Lunatic asylums in Bengal annual reports 1912-1924 - 1912-1924
Year: 1912
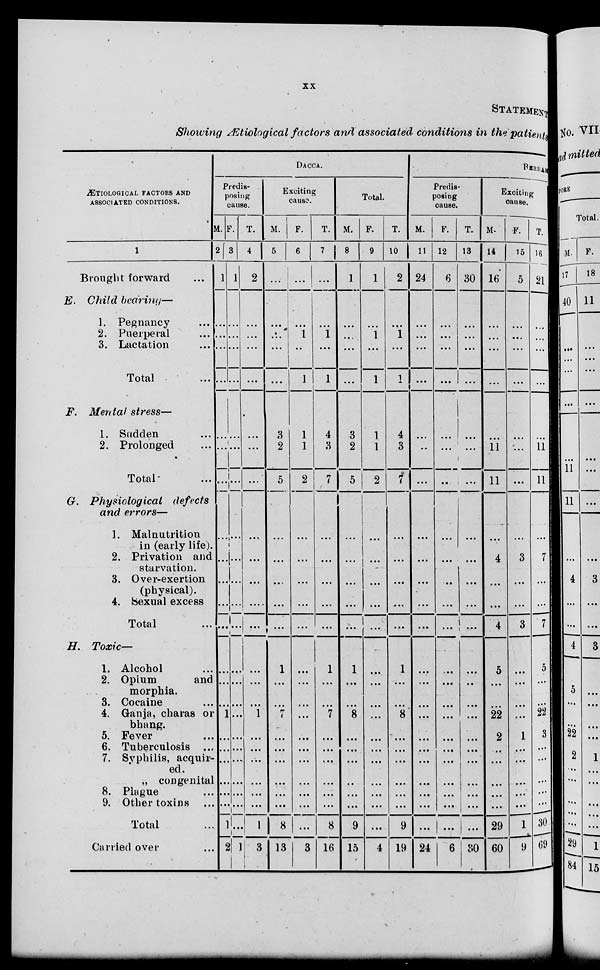
xx
STATEMENT
Showing Ætiological factors and associated conditions in the patients
ÆTIOLOGICAL FACTORS AND
ASSOCIATED CONDITIONS.
1
Brought forward
E. Child
bearing—
1. Pegnancy
...
2. Puerperal
...
3. Lactation
...
Total ...
F. Mental stress—
1. Sudden ...
2. Prolonged ...
Total ...
G. Physiological
defects
and errors—
1. Malnutrition
in (early life).
2. Privation and
starvation.
3. Over-exertion
(physical).
4. Sexual excess
Total ...
H.
Toxic—
1. Alcohol ...
2. Opium
and
morphia.
3. Cocaine ...
4. Ganja, charas or
bhang.
5. Fever ...
6. Tuberculosis ...
7. Syphilis, acquir-
ed.
„ congenital
8. Plague ...
9. Other toxins ...
Total ...
Carried over ...
DACCA.
Predis-
posing
cause.
M.
2
1
...
...
...
...
...
...
...
...
...
...
...
...
...
...
...
1
...
...
...
...
...
...
1
2
F.
3
1
...
...
...
...
...
...
...
...
...
...
...
...
...
...
...
...
...
...
...
...
...
...
...
1
T.
4
2
...
...
...
...
...
...
...
...
...
...
...
...
...
...
...
1
...
...
...
...
...
...
1
3
Exciting
cause.
M.
5
...
...
...
...
...
3
2
5
...
...
...
...
...
1
...
...
7
...
...
...
...
...
...
8
13
F.
6
...
...
1
...
1
1
1
2
...
...
...
...
...
...
...
...
...
...
...
...
...
...
...
...
3
T.
7
...
...
1
...
1
4
3
7
...
...
...
...
...
1
...
...
7
...
...
...
...
...
...
8
16
Total.
M.
8
1
...
...
...
...
3
2
5
...
...
...
...
...
1
...
...
8
...
...
...
...
...
...
9
15
F.
9
1
...
1
...
1
1
1
2
...
...
...
...
...
...
...
...
...
...
...
...
...
...
...
...
4
T.
10
2
...
1
...
1
4
3
7
...
...
...
...
...
1
...
...
8
...
...
...
...
...
...
9
19
BERHAM
Predis-
posing
cause.
M.
11
24
...
...
...
...
...
...
...
...
...
...
...
...
...
...
...
...
...
...
...
...
...
...
...
24
F.
12
6
...
...
...
...
...
...
...
...
...
...
...
...
...
...
...
...
...
...
...
...
...
...
...
6
T.
13
30
...
...
...
...
...
...
...
...
...
...
...
...
...
...
...
...
...
...
...
...
...
...
...
80
Exciting
cause.
M.
14
16
...
...
...
...
...
11
11
...
4
...
...
4
5
...
...
22
2
...
...
...
...
...
29
60
F.
15
5
...
...
...
...
...
...
...
...
3
...
...
3
...
...
...
...
1
...
...
...
...
...
1
9
T.
16
21
...
...
...
...
...
11
11
...
7
...
...
7
5
...
...
22
3
...
...
...
...
...
30
69